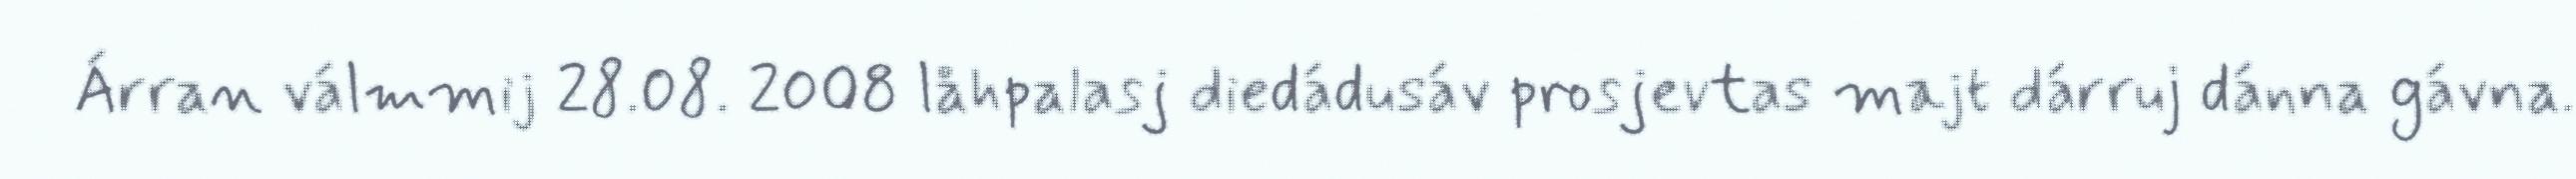
Árran válmmij 28.08. 2008 låhpalasj diedádusáv prosjevtas majt dárruj dánna gávna.